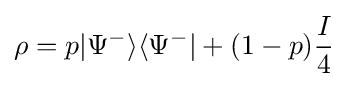
\rho =p|\Psi ^{-}\rangle \langle \Psi ^{-}|+(1-p){\frac {I}{4}}